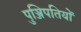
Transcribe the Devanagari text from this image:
पुञ्जिपतियों